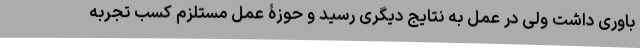
باوری داشت ولی در عمل به نتایج دیگری رسید و حوزۀ عمل مستلزم کسب تجربه